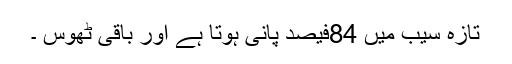
تازہ سیب میں 84فیصد پانی ہوتا ہے اور باقی ٹھوس ۔